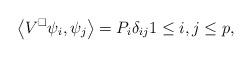
LaTeX: \begin{align*} \begin{aligned} \left\langle V^\square \psi_i, \psi_j \right\rangle = P_i \delta_{ij} 1\leq i,j\leq p, \end{aligned}\end{align*}